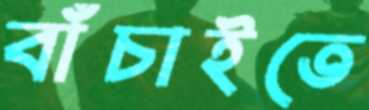
বাঁচাইতে